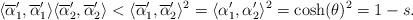
\begin{align*} \langle\overline{\alpha}'_1,\overline{\alpha}'_1\rangle \langle\overline{\alpha}'_2,\overline{\alpha}'_2\rangle< \langle\overline{\alpha}'_1,\overline{\alpha}'_2\rangle^2=\langle\alpha'_1,\alpha'_2\rangle^2=\cosh(\theta)^2=1-s. \end{align*}